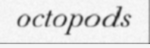
octopods